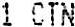
1 CTN